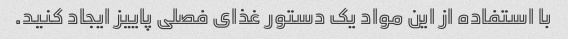
با استفاده از این مواد یک دستور غذای فصلی پاییز ایجاد کنید.